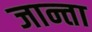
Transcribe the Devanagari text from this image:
जान्ता